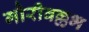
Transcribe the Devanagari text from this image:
गौरीवल्लभ